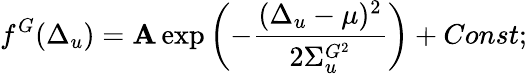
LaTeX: f^{G}(\Delta_{u})=\mathbf{A}\exp\left(-\frac{{(\Delta_{u}-\mu)^{2}}}{{2\Sigma_{u}^{G^{2}}}}\right)+Const;